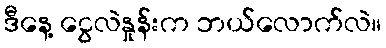
ဒီနေ့ ငွေလဲနှုန်းက ဘယ်လောက်လဲ။